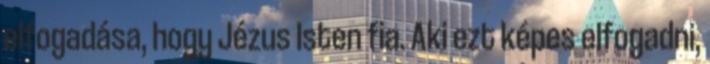
elfogadása, hogy Jézus Isten fia. Aki ezt képes elfogadni,